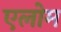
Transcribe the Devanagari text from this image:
एलोम